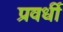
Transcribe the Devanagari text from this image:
प्रवर्धी